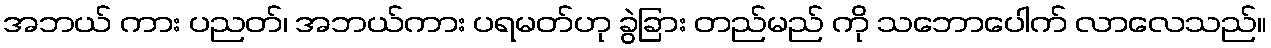
အဘယ် ကား ပညတ်၊ အဘယ်ကား ပရမတ်ဟု ခွဲခြား တည်မည် ကို သဘောပေါက် လာလေသည်။